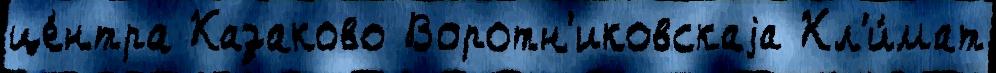
це́нтра Казаково Воротн'иковскаjа Кл'и́мат